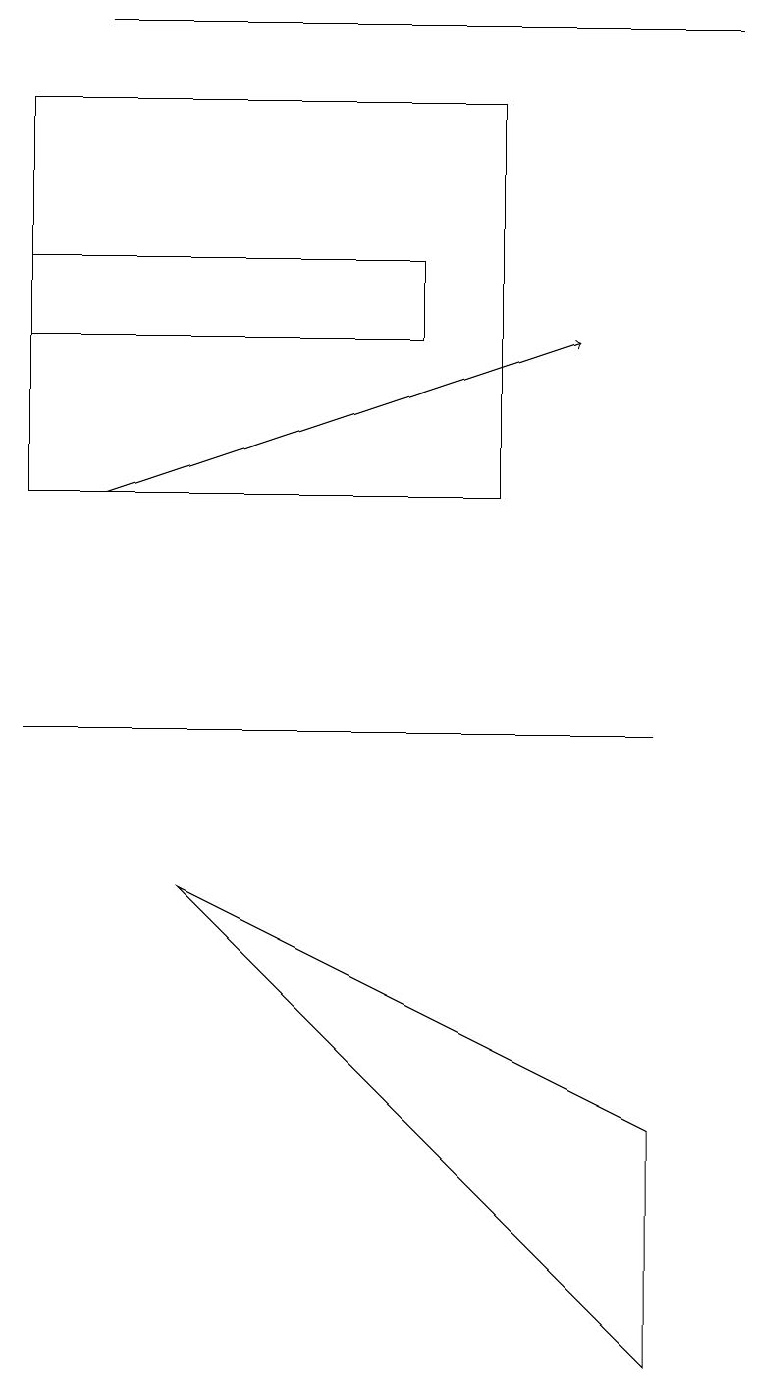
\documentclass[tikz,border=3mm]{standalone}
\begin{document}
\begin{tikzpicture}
\draw[->] (1,12) -- (7,14);
\draw (5,15) rectangle (0,14);
\draw (6,17) rectangle (0,12);
\draw (2,7) -- (8,4) -- (8,1) -- cycle;
\draw (9,18) rectangle (1,18);
\draw (0,9) -- (4,9) -- (8,9) -- cycle;
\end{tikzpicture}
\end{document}